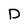
Character: D